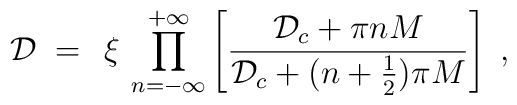
{\mathcal D} \;=\; \,\xi \, \prod_{n=-\infty}^{+\infty}\left[ \frac{{\mathcal D}_c + \pi n M}{{\mathcal D}_c +(n+\frac{1}{2}) \pi M}\right]\;,